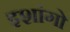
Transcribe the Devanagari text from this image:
इशांगो